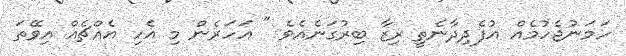
ހަމަނުޖެހުމެއް އުފެދިދާނެތީ ރިޒާ ބިރުގަނެއެވެ " އަހަރެން މި އެހި އެއްޗެއް އިވޭތަ